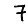
Digit: 7